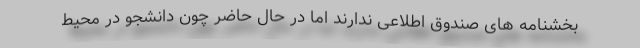
بخشنامه های صندوق اطلاعی ندارند اما در حال حاضر چون دانشجو در محیط